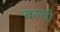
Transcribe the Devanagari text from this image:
बल्बी